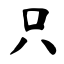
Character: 只